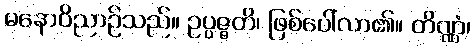
မနောဝိညာဉ်သည်။ ဥပ္ပဇ္ဇတိ၊ ဖြစ်ပေါ်လာ၏။ တိဏ္ဏံ၊